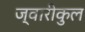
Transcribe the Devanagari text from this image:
ज्वारीकुल